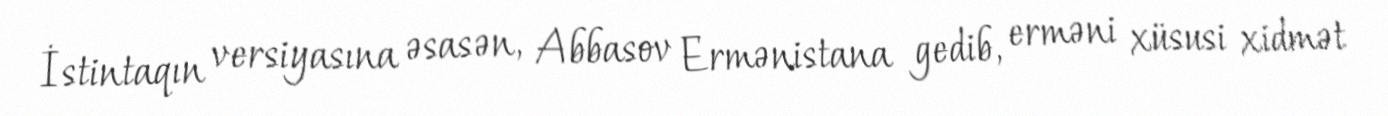
İstintaqın versiyasına əsasən, Abbasov Ermənistana gedib, erməni xüsusi xidmət